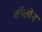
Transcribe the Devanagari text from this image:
काॅलोन